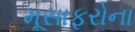
મૂસાફરોના